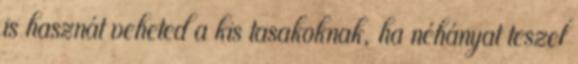
is hasznát veheted a kis tasakoknak, ha néhányat teszel